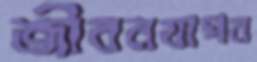
জীবনযাপন